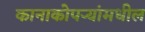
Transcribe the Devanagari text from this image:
कानाकोपर्‍यांमधील